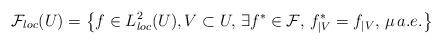
LaTeX: \begin{align*}\mathcal{F}_{loc}(U)=\left\{ f \in L^2_{loc}(U), V \subset U , \, \exists f^* \in \mathcal{F}, \, f^*_{\mid V}=f_{\mid V}, \, \mu \, a.e. \right\}\end{align*}